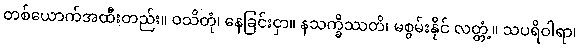
တစ်ယောက်အထီးတည်း။ ဝသိတုံ၊ နေခြင်းငှာ။ နသက္ခိဿတိ၊ မစွမ်းနိုင် လတ္တံ့။ သပရိဝါရာ၊